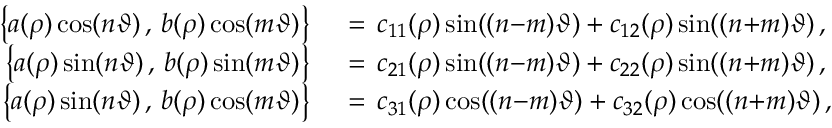
\begin{array} { r l } { \bigl \{ a ( \rho ) \cos ( n \vartheta ) \, , \, b ( \rho ) \cos ( m \vartheta ) \bigr \} \, } & { { } = \, c _ { 1 1 } ( \rho ) \sin ( ( n { - } m ) \vartheta ) + c _ { 1 2 } ( \rho ) \sin ( ( n { + } m ) \vartheta ) \, , } \\ { \bigl \{ a ( \rho ) \sin ( n \vartheta ) \, , \, b ( \rho ) \sin ( m \vartheta ) \bigr \} \, } & { { } = \, c _ { 2 1 } ( \rho ) \sin ( ( n { - } m ) \vartheta ) + c _ { 2 2 } ( \rho ) \sin ( ( n { + } m ) \vartheta ) \, , } \\ { \bigl \{ a ( \rho ) \sin ( n \vartheta ) \, , \, b ( \rho ) \cos ( m \vartheta ) \bigr \} \, } & { { } = \, c _ { 3 1 } ( \rho ) \cos ( ( n { - } m ) \vartheta ) + c _ { 3 2 } ( \rho ) \cos ( ( n { + } m ) \vartheta ) \, , } \end{array}